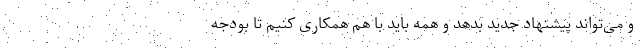
و می‌تواند پیشنهاد جدید بدهد و همه باید با هم همکاری کنیم تا بودجه